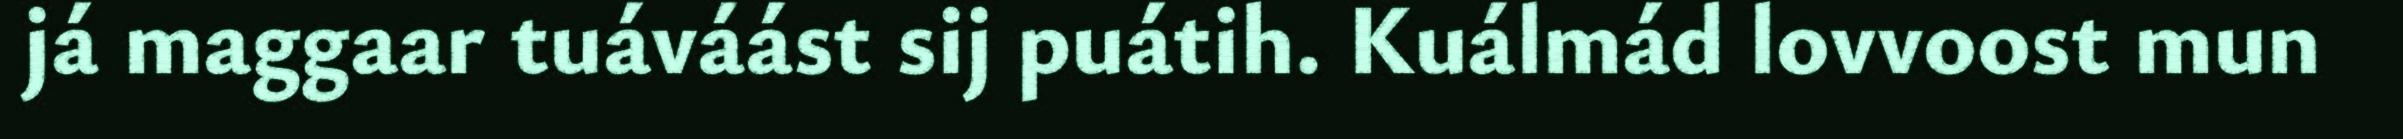
já maggaar tuáváást sij puátih. Kuálmád lovvoost mun